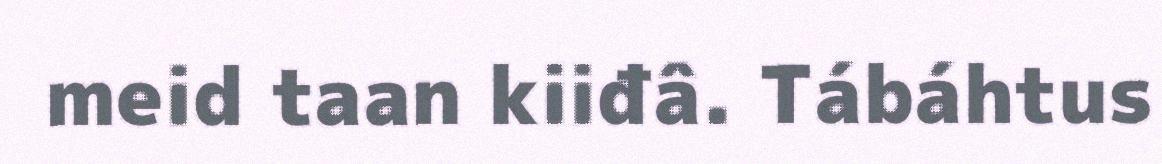
meid taan kiiđâ. Tábáhtus